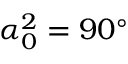
\alpha _ { 0 } ^ { 2 } = 9 0 ^ { \circ }